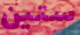
ستين